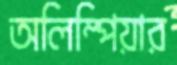
অলিম্পিয়ার